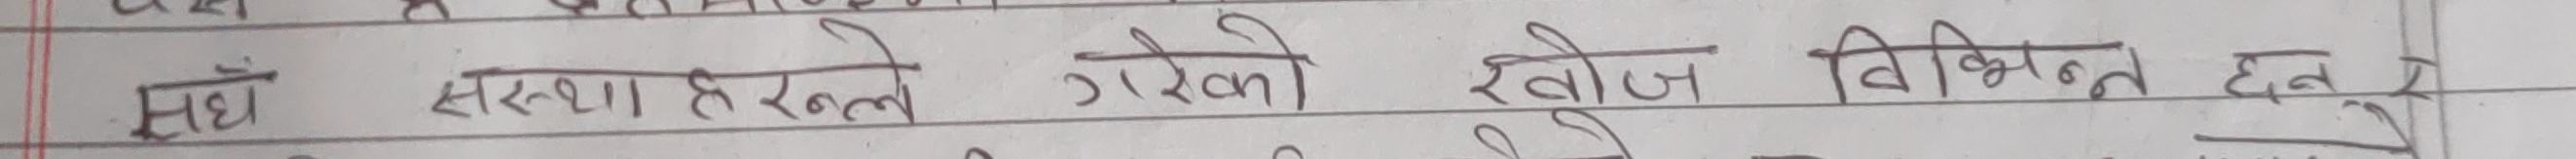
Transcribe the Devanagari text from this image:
संघ संस्था हरुले गरेको खोज विभिन्न हुन्